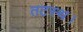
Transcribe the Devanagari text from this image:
तटस्थ।